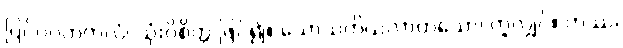
ပြင်ဂဂတတလံ၊ သုံးဝိစိတ္တ ဖြင်၍။ သောသတိယလာတသော၊ တူလျှင်။ တဿ၊